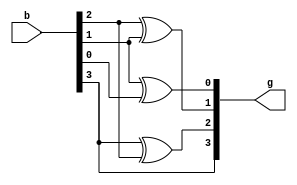
module binary2gray(
	input [3:0] b,
	output [3:0]g
);

//g[n-1] = b[n] xor b[n-1]

assign g[3] = b[3];
assign g[2] = b[3]^b[2];
assign g[1] = b[2]^b[1];
assign g[0] = b[1]^b[0];

endmodule